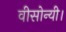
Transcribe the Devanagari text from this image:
वीसोन्यी।